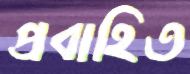
প্রবাহিত